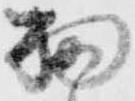
扨